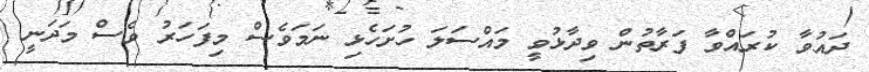
ދައުވާ ކުރައްވާ ފަރާތުން ވިދާޅުވީ މައްސަލަ ހުށަހެޅި ނަމަވެސް މިފަހަރު ވެސް މަދަނީ